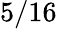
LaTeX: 5/16